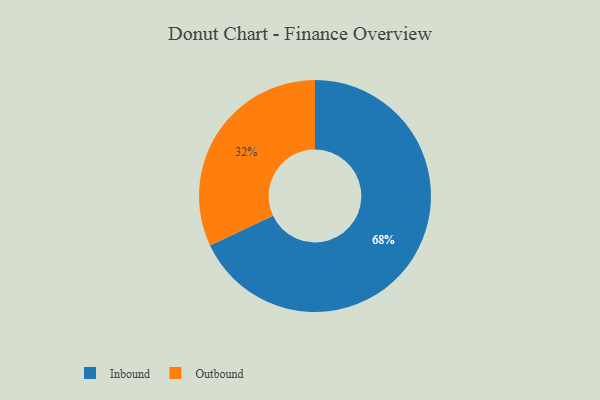
{"axis": {"x": "Category", "y": "Percentage"}, "legend": ["Inbound", "Outbound"], "data": [{"x": "Outbound", "y": 32, "type": "Outbound"}, {"x": "Inbound", "y": 68, "type": "Inbound"}]}